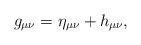
LaTeX: \begin{align*}g_{\mu \nu }=\eta _{\mu \nu }+h_{\mu \nu }, \end{align*}